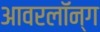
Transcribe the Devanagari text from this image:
आवरलॉन्ग